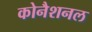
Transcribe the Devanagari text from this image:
कोनैशनल